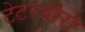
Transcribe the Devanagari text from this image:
टेटरबोरो